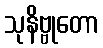
သုနိဗ္ဗုတော